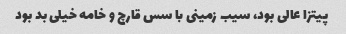
پیتزا عالی بود، سیب زمینی با سس قارچ و خامه خیلی بد بود